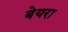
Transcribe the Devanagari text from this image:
बेयरा